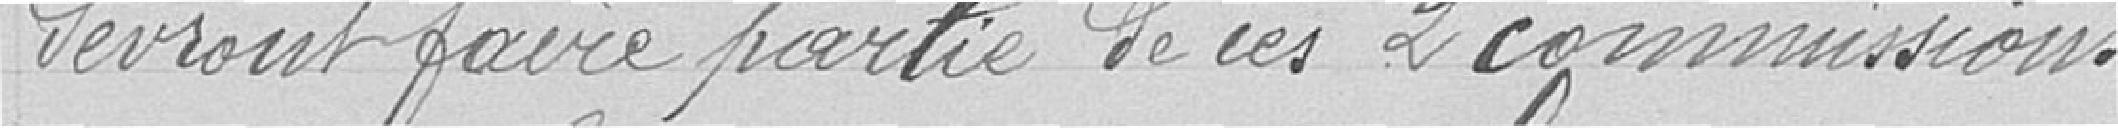
devront faire partie de ces deux commissions.